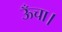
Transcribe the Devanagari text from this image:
ऊँचा।